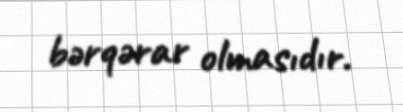
bərqərar olmasıdır.